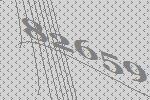
82659